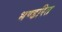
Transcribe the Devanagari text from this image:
भण्डरित